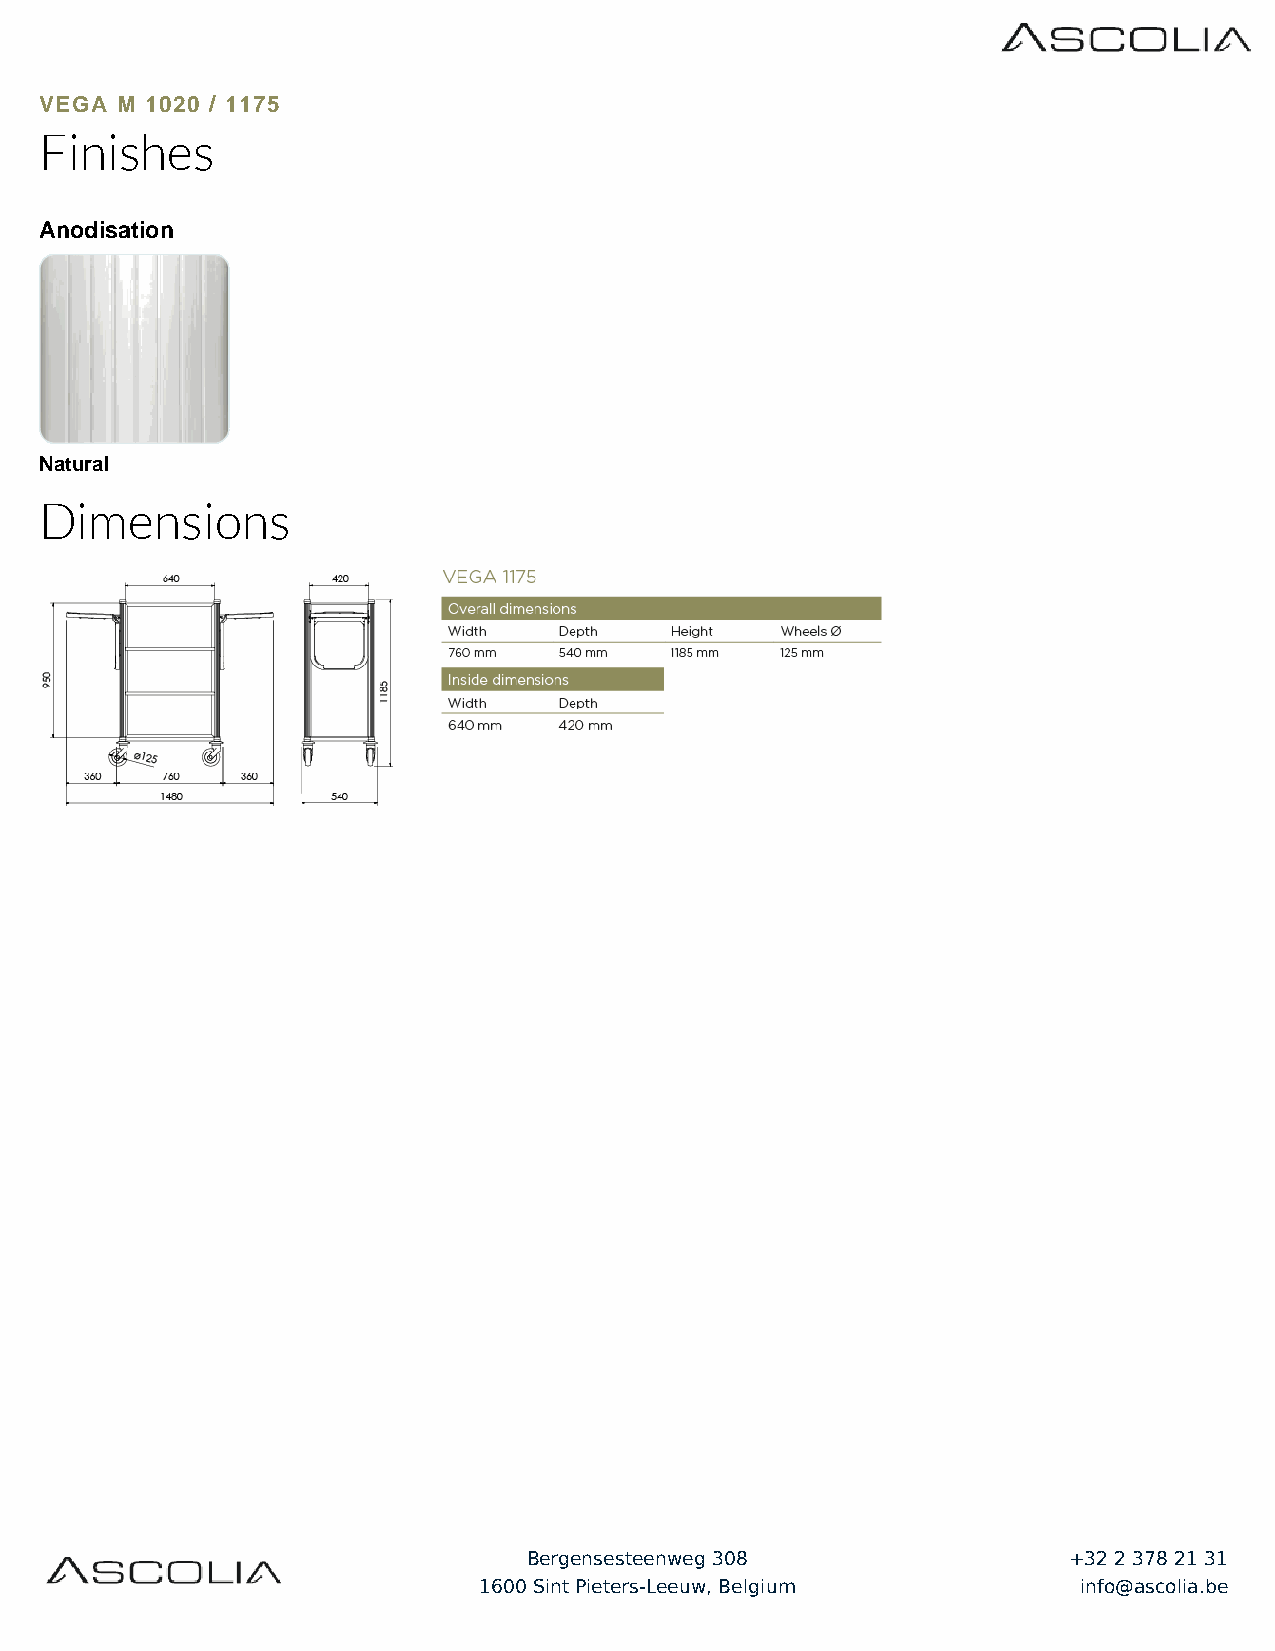
VEGA M 1020 / 1175
 Finishes
 Anodisation
 Natural
 Dimensions
 Bergensesteenweg 308                +32 2 378 21 31
 1600 Sint Pieters-Leeuw, Belgium       info@ascolia.be